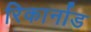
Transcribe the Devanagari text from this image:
रिकार्नाड